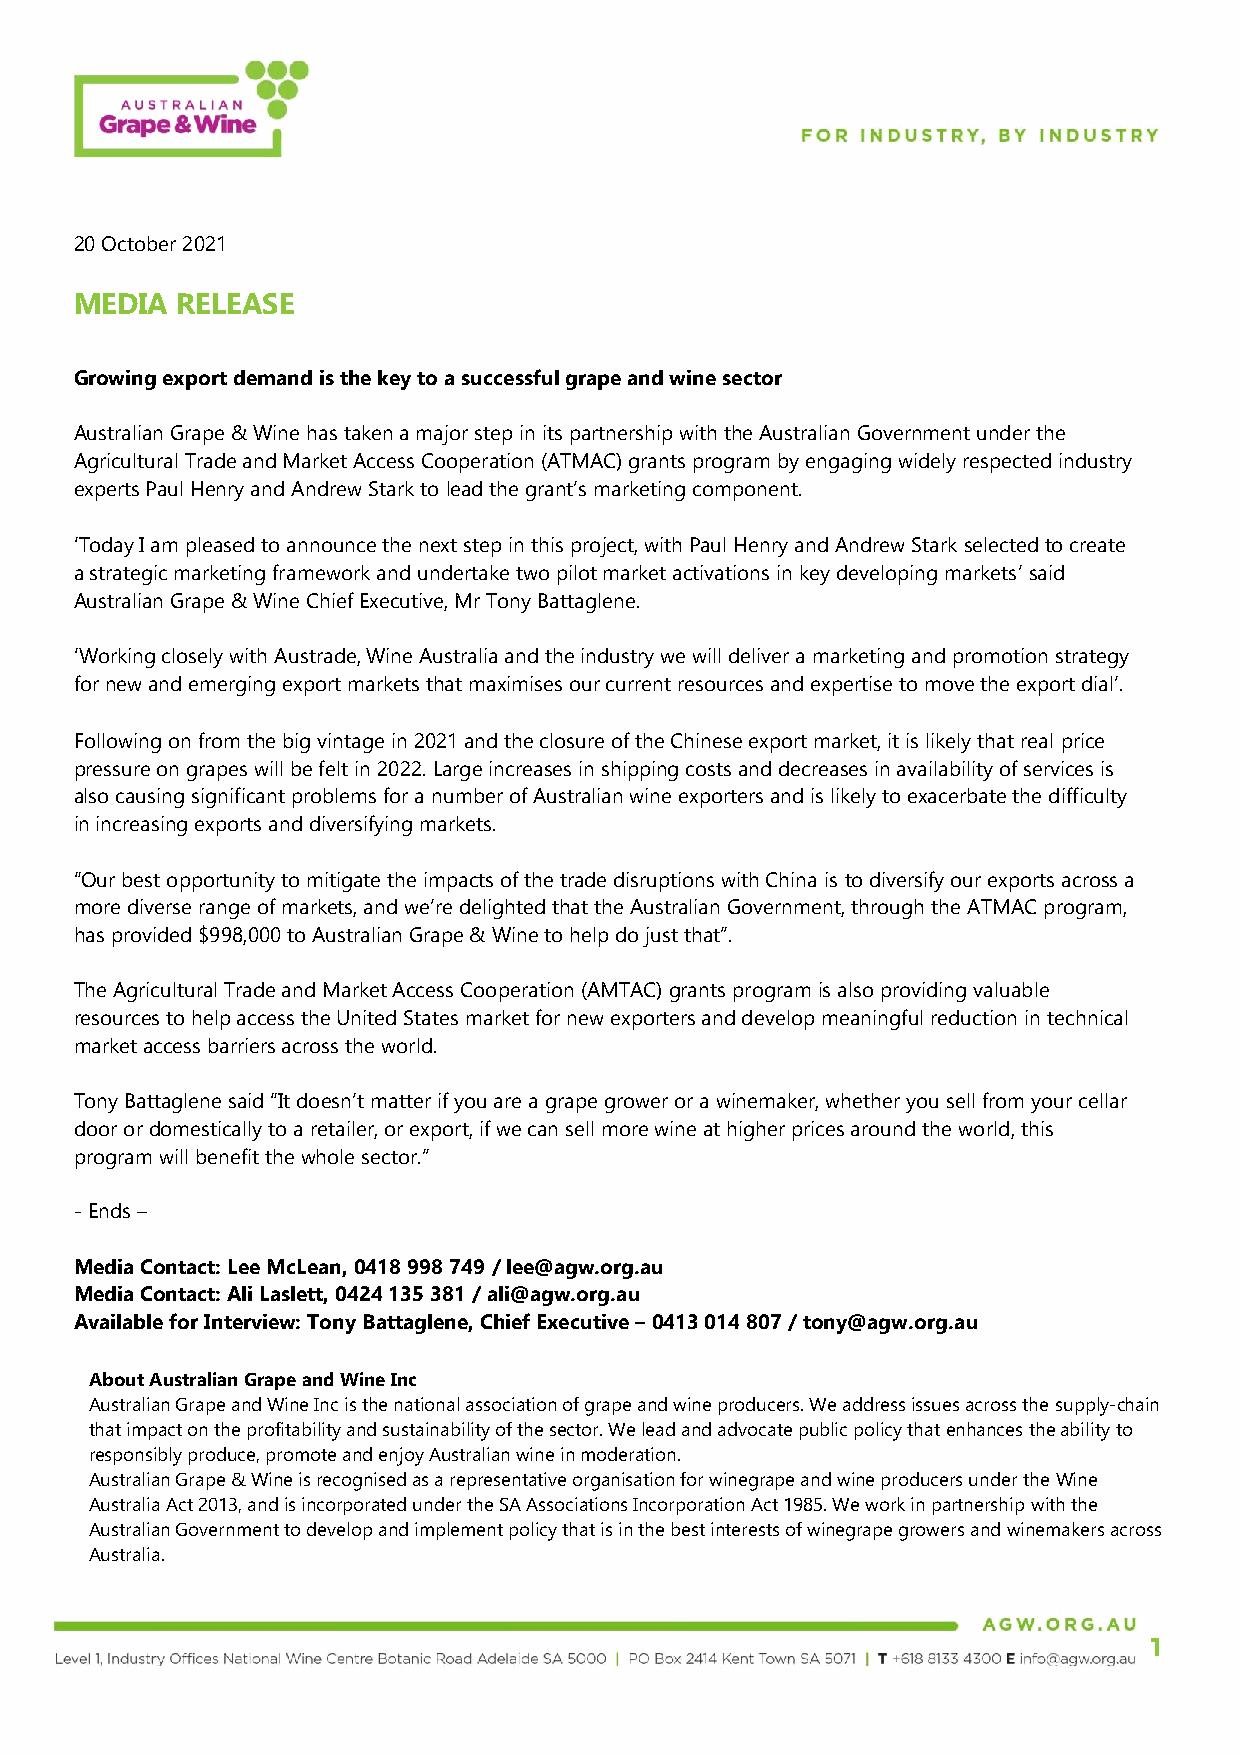
20 October 2021
 MEDIA  RELEASE
 Growing export demand is the key to a successful grape and wine sector
 Australian Grape & Wine has taken a major step in its partnership with the Australian Government under the
 Agricultural Trade and Market Access Cooperation (ATMAC) grants program by engaging widely respected industry
 experts Paul Henry and Andrew Stark to lead the grant’s marketing component.
 ‘Today I am pleased to announce the next step in this project, with Paul Henry and Andrew Stark selected to create
 a strategic marketing framework and undertake two pilot market activations in key developing markets’ said
 Australian Grape & Wine Chief Executive, Mr Tony Battaglene.
 ‘Working closely with Austrade, Wine Australia and the industry we will deliver a marketing and promotion strategy
 for new and emerging export markets that maximises our current resources and expertise to move the export dial’.
 Following on from the big vintage in 2021 and the closure of the Chinese export market, it is likely that real price
 pressure on grapes will be felt in 2022. Large increases in shipping costs and decreases in availability of services is
 also causing significant problems for a number of Australian wine exporters and is likely to exacerbate the difficulty
 in increasing exports and diversifying markets.
 “Our best opportunity to mitigate the impacts of the trade disruptions with China is to diversify our exports across a
 more diverse range of markets, and we’re delighted that the Australian Government, through the ATMAC program,
 has provided $998,000 to Australian Grape & Wine to help do just that”.
 The Agricultural Trade and Market Access Cooperation (AMTAC) grants program is also providing valuable
 resources to help access the United States market for new exporters and develop meaningful reduction in technical
 market access barriers across the world.
 Tony Battaglene said “It doesn’t matter if you are a grape grower or a winemaker, whether you sell from your cellar
 door or domestically to a retailer, or export, if we can sell more wine at higher prices around the world, this
 program will benefit the whole sector.”
 - Ends –
 Media Contact: Lee McLean, 0418 998 749 / lee@agw.org.au
 Media Contact: Ali Laslett, 0424 135 381 / ali@agw.org.au
 Available for Interview: Tony Battaglene, Chief Executive – 0413 014 807 / tony@agw.org.au
 About Australian Grape and Wine Inc
 Australian Grape and Wine Inc is the national association of grape and wine producers. We address issues across the supply-chain
 that impact on the profitability and sustainability of the sector. We lead and advocate public policy that enhances the ability to
 responsibly produce, promote and enjoy Australian wine in moderation.
 Australian Grape & Wine is recognised as a representative organisation for winegrape and wine producers under the Wine
 Australia Act 2013, and is incorporated under the SA Associations Incorporation Act 1985. We work in partnership with the
 Australian Government to develop and implement policy that is in the best interests of winegrape growers and winemakers across
 Australia.
 1